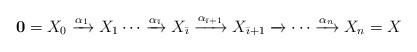
LaTeX: \begin{align*}\mathbf{0}=X_0 \xrightarrow{\alpha_1} X_1\cdots \xrightarrow{\alpha_{{\bar\imath}}}X_{{\bar\imath}}\xrightarrow{\alpha_{{\bar\imath}+1}}X_{{\bar\imath}+1}\xrightarrow{}\cdots \xrightarrow{\alpha_n} X_n=X\end{align*}